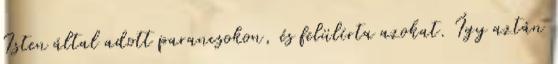
Isten által adott parancsokon, és felülírta azokat. Így aztán